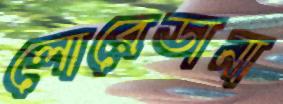
লোরেডানা